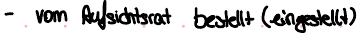
- vom Aufsichtsrat bestellt (eingestellt)